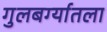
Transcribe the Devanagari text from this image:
गुलबर्ग्यातला